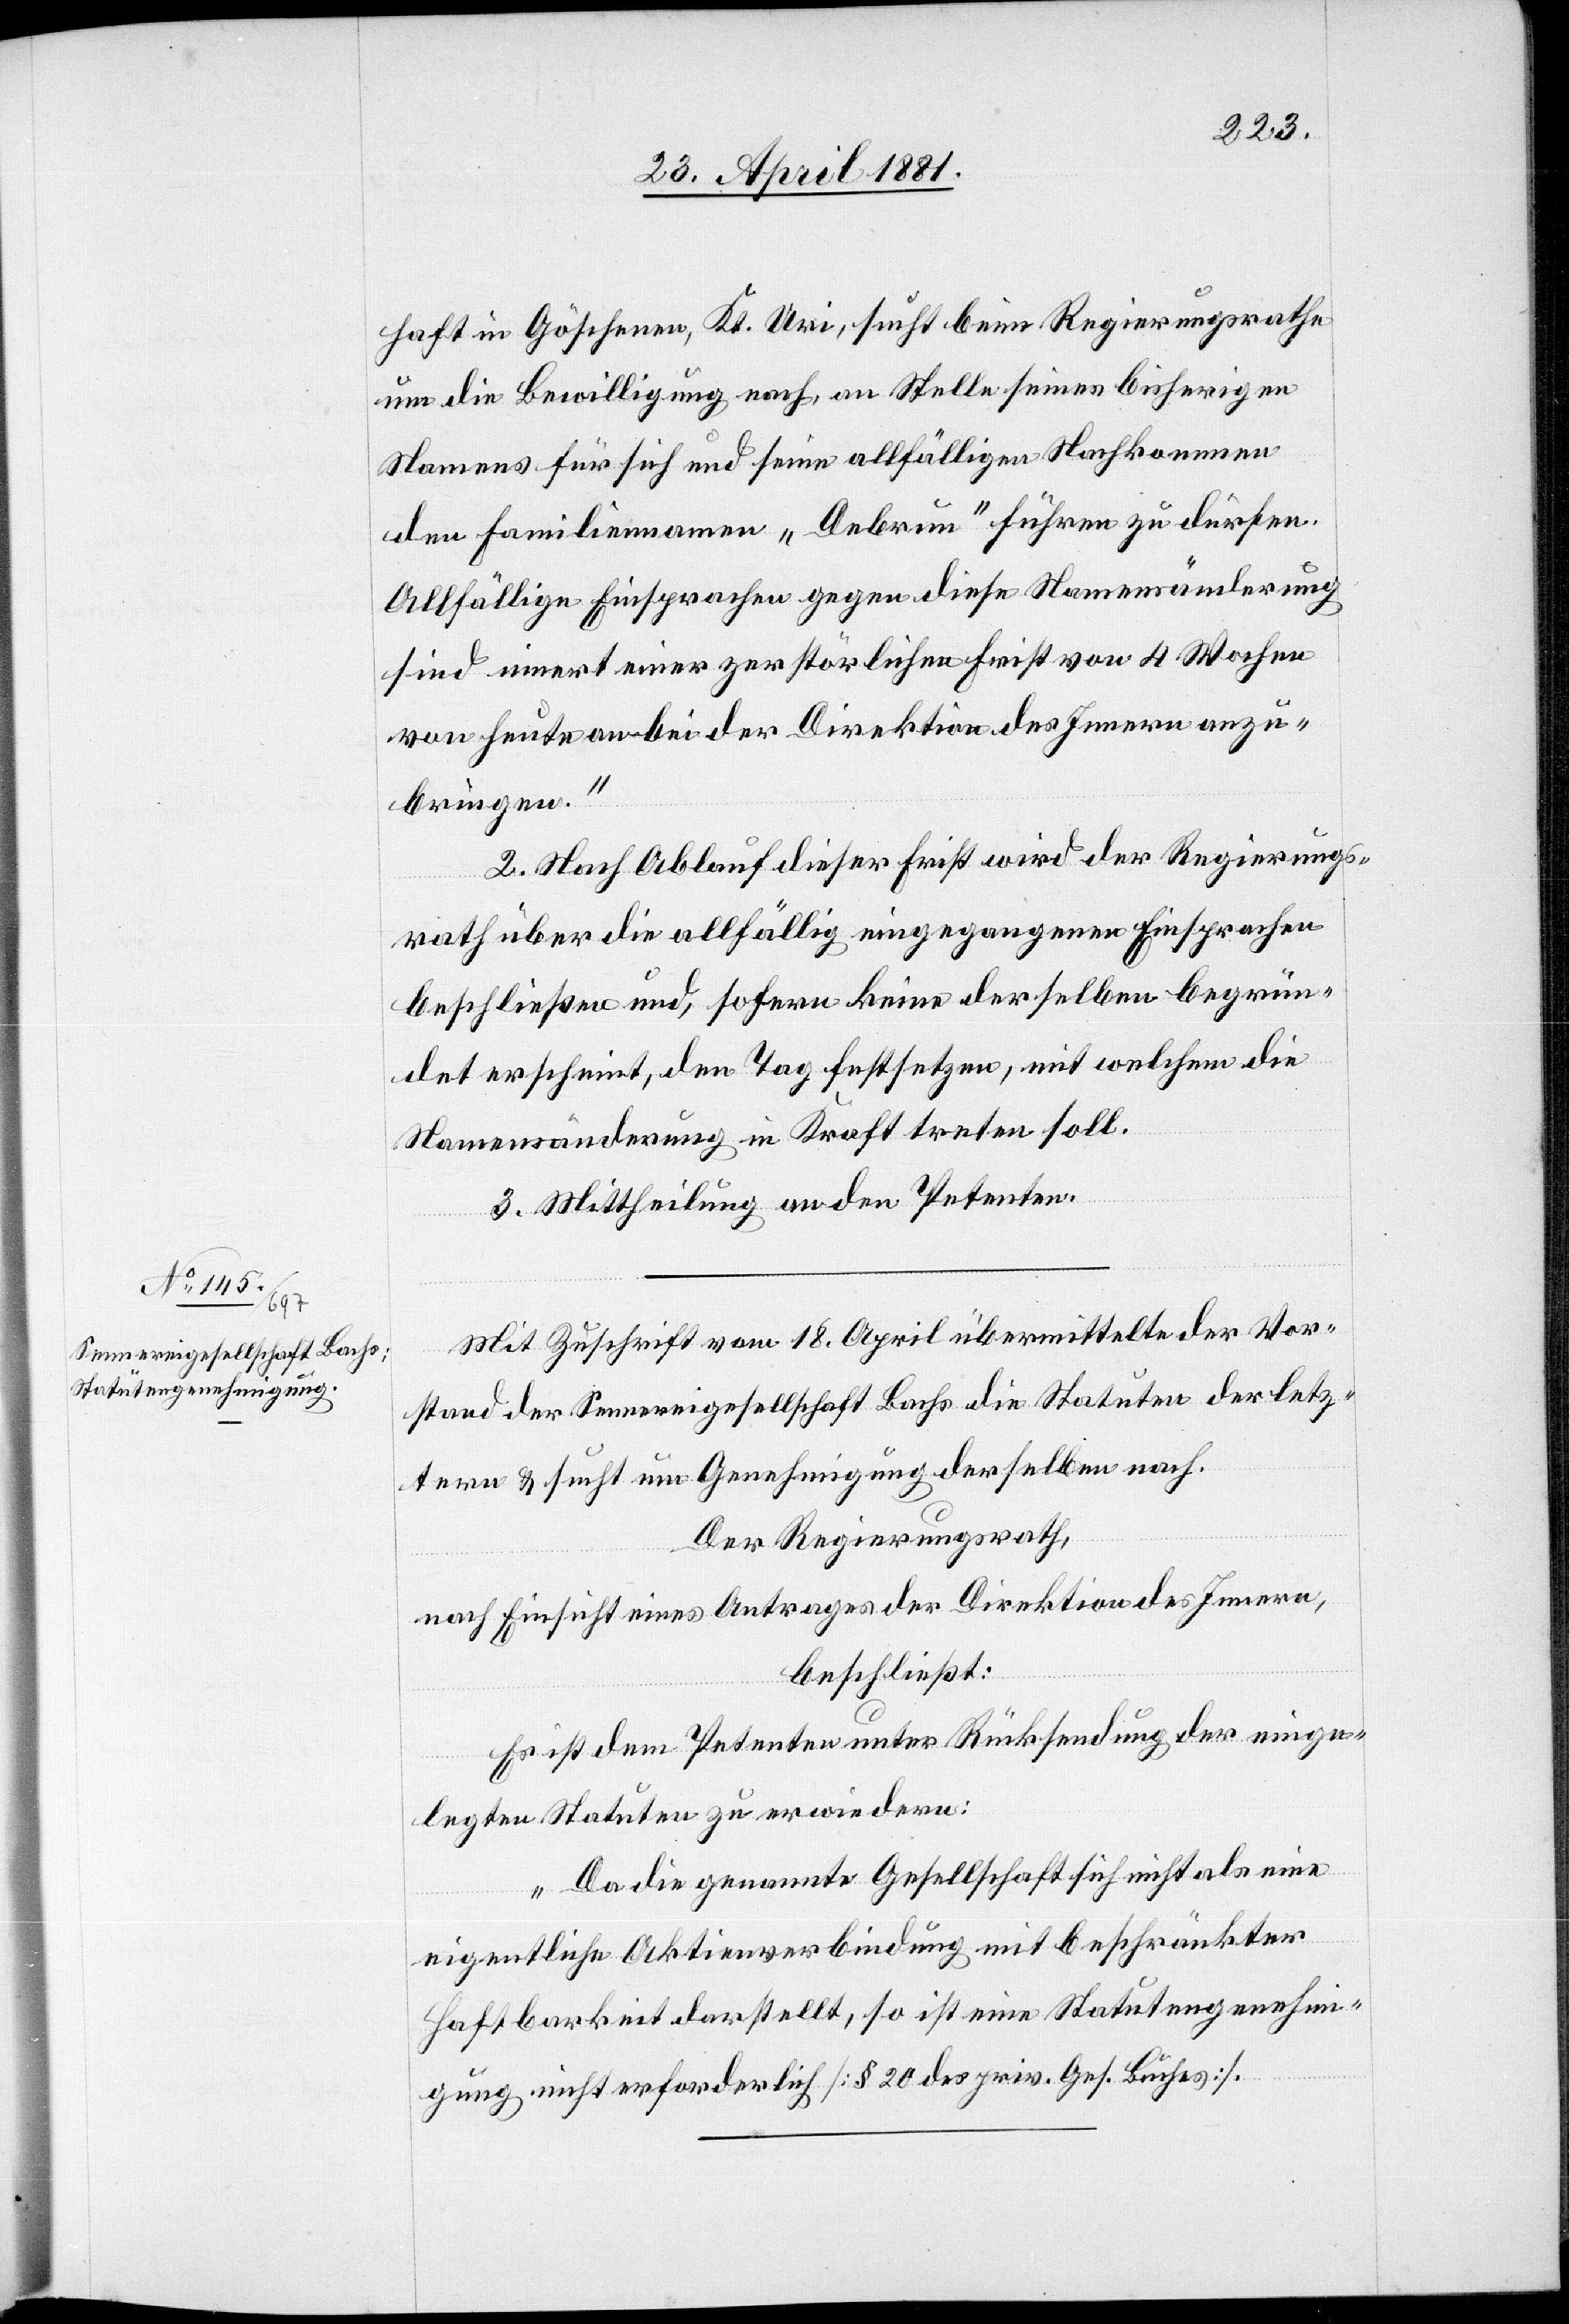
haft in Göschenen, Kt. Uri, sucht beim Regierungsrathe
um die Bewilligung nach, an Stelle seines bisherigen
Namens für sich und seine allfälligen Nachkommen
den Familiennamen „Debrun“ führen zu dürfen.
Allfällige Einsprachen gegen diese Namensänderung
sind innert einer zerstörlichen Frist von 4 Wochen
von heute an bei der Direktion des Innern anzu¬
bringen.“
2. Nach Ablauf dieser Frist wird der Regierungs¬
rath über die allfällig eingegangenen Einsprachen
beschließen und, sofern keine derselben begrün¬
det erscheint, den Tag festsetzen, mit welchem die
Namensänderung in Kraft treten soll.
3. Mittheilung an den Petenten.
Mit Zuschrift vom 18. April übermittelte der Vor¬
stand der Sennereigesellschaft Bachs die Statuten der letz¬
tern & sucht um Genehmigung derselben nach.
Der Regierungsrath,
nach Einsicht eines Antrages der Direktion des Innern,
beschließt:
Es ist dem Petenten unter Rücksendung der einge¬
legten Statuten zu erwiedern:
„Da die genannte Gesellschaft sich nicht als eine
eigentliche Aktienverbindung mit beschränkter
Haftbarkeit darstellt, so ist eine Statutengenehmi¬
gung nicht erforderlich [§ 20 des priv. Ges. Buches].